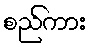
စည်ကား